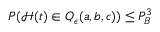
P ( \mathcal { H } ( t ) \in Q _ { \epsilon } ( a , b , c ) ) \leq P _ { B } ^ { 3 }